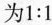
为1:1